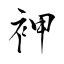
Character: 䘥